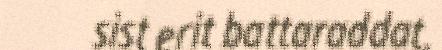
sist erit battaraddat,